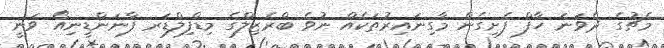
މެޗުގެ ދެވަނަ ހާފް ފެށިގެން މާގިނައިރުތަކެއް ނުވެ ބްރެޒިލްގެ މިޑްފިލްޑަރ ފާނަންޑީނިއޯ ވަނީ